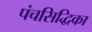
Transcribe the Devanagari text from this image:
पंचसिद्धिका